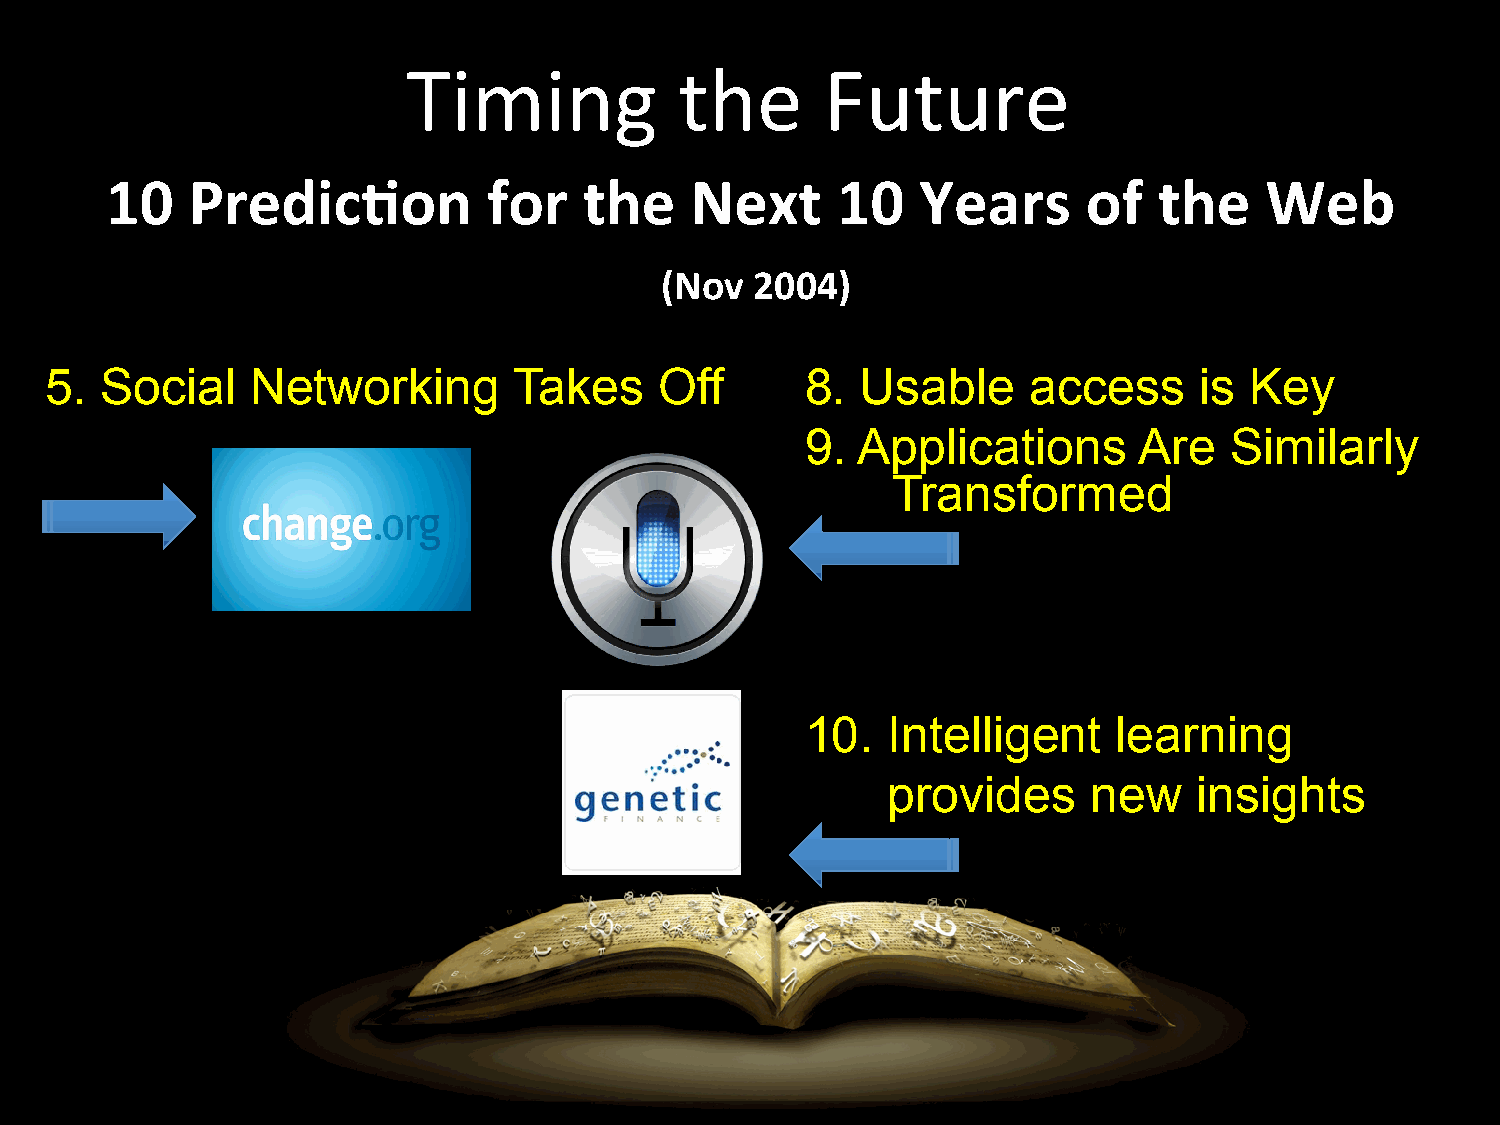
Timing            the       Future
 10   Predic*on           for    the    Next     10    Years      of   the    Web
 (Nov  2004)
 5.  Social    Networking       Takes     Off      8.  Usable     access     is  Key
 9.  Applications      Are   Similarly
 Transformed
 10.   Intelligent    learning
 provides     new    insights